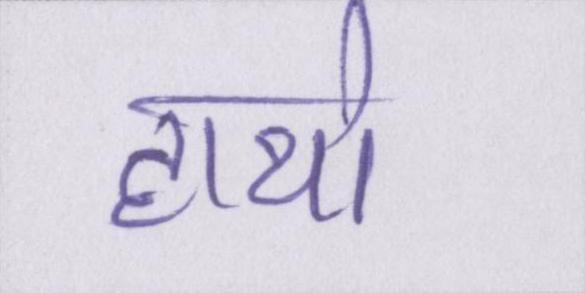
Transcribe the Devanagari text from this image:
हाथो